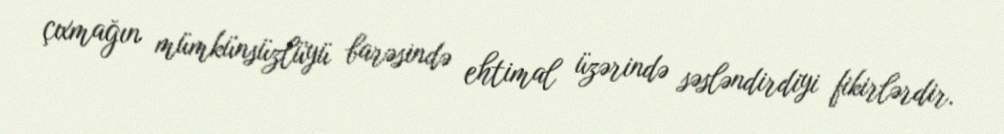
çıxmağın mümkünsüzlüyü barəsində ehtimal üzərində səsləndirdiyi fikirlərdir.